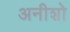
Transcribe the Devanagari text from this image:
अनीशो